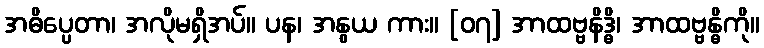
အဓိပ္ပေတာ၊ အလိုမရှိအပ်။ ပန၊ အနွယ ကား။ [၀၇] အာထဗ္ဗနိဒ္ဓိ၊ အာထဗ္ဗန္ဓိကို။